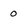
Character: o